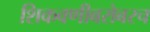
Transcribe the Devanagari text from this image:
शिकवणीबरोबरच